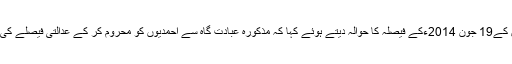
انہوں نے سپریم کورٹ آف پاکستان کے19 جون 2014ءکے فیصلہ کا حوالہ دیتے ہوئے کہا کہ مذکورہ عبادت گاہ سے احمدیوں کو محروم کر کے عدالتی فیصلے کی بھی خلاف ورزی کی جا رہی ہے۔